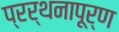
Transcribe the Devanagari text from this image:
प्रर्थनापूर्ण